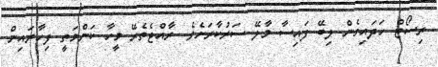
ރިސޯޓް ހަދައިގެން ލިބޭ ފައިސާ މާލޭ ސަރުކާރަށެވެ. ރާއްޖެތެރޭ މީހާ ކަންމަތީ ފިހާރައިން